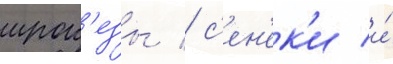
ирок'езы / с'ен'ек'и и́